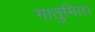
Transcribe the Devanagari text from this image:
गातुमित।